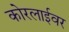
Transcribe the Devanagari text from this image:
कोरलाईवर